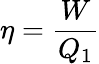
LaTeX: \eta=\frac{W}{Q_{1}}